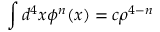
\int d ^ { 4 } x \phi ^ { n } ( x ) = c \rho ^ { 4 - n }